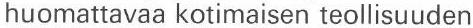
huomattavaa kotimaisen teollisuuden